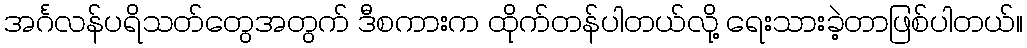
အင်္ဂလန်ပရိသတ်တွေအတွက် ဒီစကားက ထိုက်တန်ပါတယ်လို့ ရေးသားခဲ့တာဖြစ်ပါတယ်။